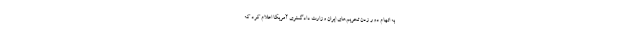
به اتهام دور زدن تحریم‌های ایران وزارت دادگستری آمریکا اعلام کرد که